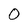
Character: 0